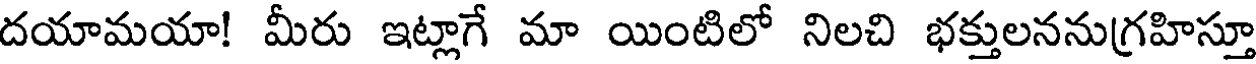
దయామయా! మీరు ఇట్లాగే మా యింటిలో నిలచి భక్తులననుగ్రహిస్తూ